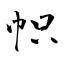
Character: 帜